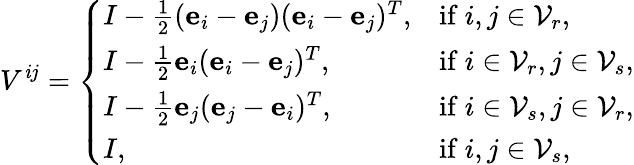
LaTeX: V^{\mathit{i}j}=\left\{ \begin{array}{ll}{I-\frac 12(\textbf{e}_{i}-\textbf{e}_{j})(\textbf{e}_{i}-\textbf{e}_{j})^{T},}&{\mathrm{if~}i,j\in\mathcal{V}_{r},}\\ {I-\frac 12\textbf{e}_{i}(\textbf{e}_{i}-\textbf{e}_{j})^{T},}&{\mathrm{if~}i\in\mathcal{V}_{r},j\in\mathcal{V}_{s},}\\ {I-\frac 12\textbf{e}_{j}(\textbf{e}_{j}-\textbf{e}_{i})^{T},}&{\mathrm{if~}i\in\mathcal{V}_{s},j\in\mathcal{V}_{r},}\\ {I,}&{\mathrm{if~}i,j\in\mathcal{V}_{s},}\end{array}\right.